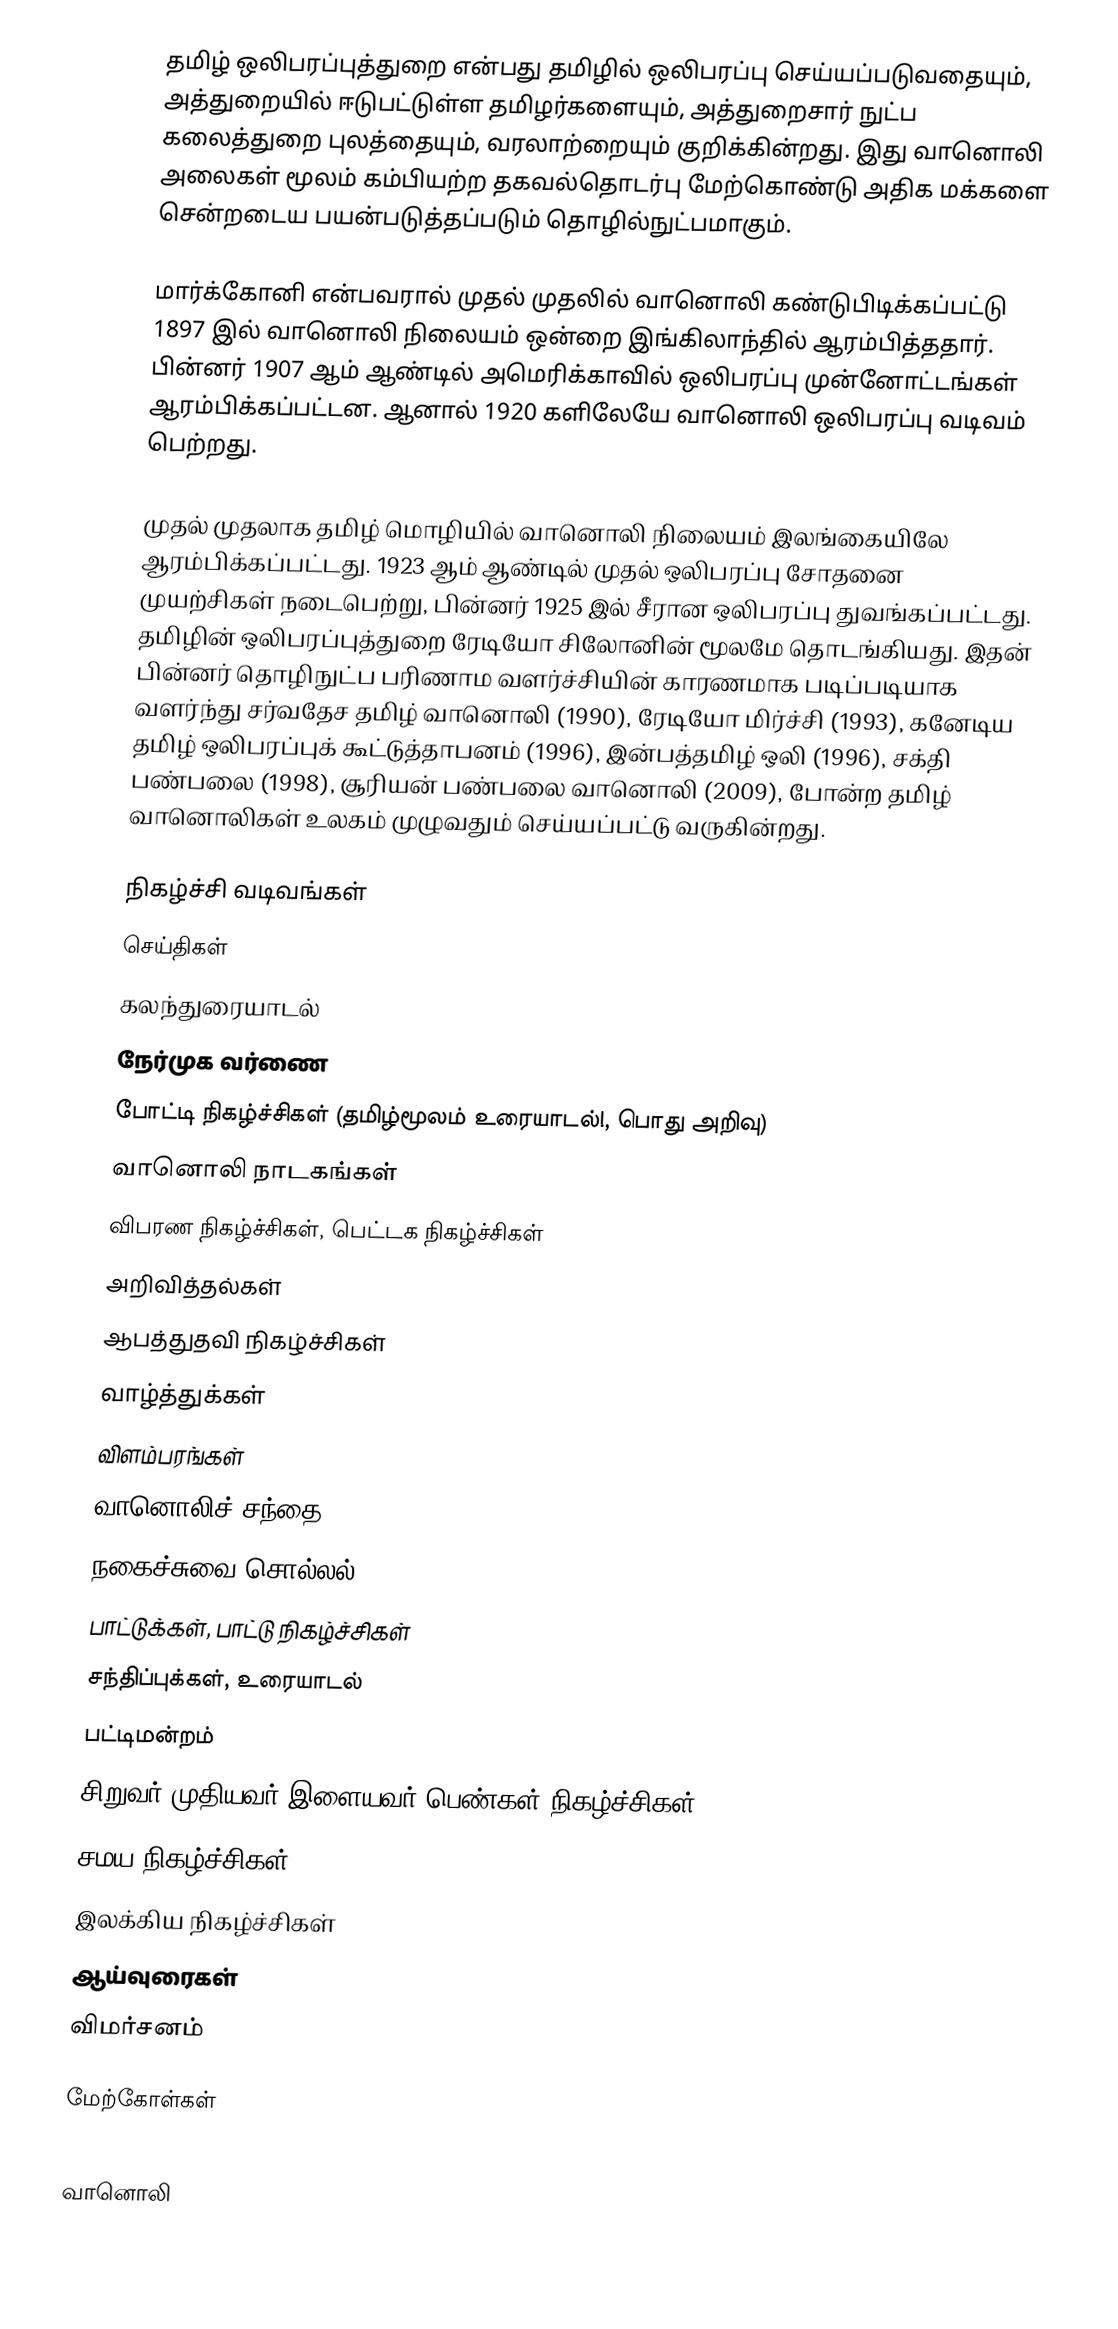
தமிழ் ஒலிபரப்புத்துறை என்பது தமிழில் ஒலிபரப்பு செய்யப்படுவதையும், அத்துறையில் ஈடுபட்டுள்ள தமிழர்களையும், அத்துறைசார் நுட்ப கலைத்துறை புலத்தையும், வரலாற்றையும் குறிக்கின்றது. இது வானொலி அலைகள் மூலம் கம்பியற்ற தகவல்தொடர்பு மேற்கொண்டு அதிக மக்களை சென்றடைய பயன்படுத்தப்படும் தொழில்நுட்பமாகும்.

மார்க்கோனி என்பவரால் முதல் முதலில் வானொலி கண்டுபிடிக்கப்பட்டு 1897 இல் வானொலி நிலையம் ஒன்றை இங்கிலாந்தில் ஆரம்பித்ததார். பின்னர் 1907 ஆம் ஆண்டில் அமெரிக்காவில் ஒலிபரப்பு முன்னோட்டங்கள் ஆரம்பிக்கப்பட்டன. ஆனால் 1920 களிலேயே வானொலி ஒலிபரப்பு வடிவம் பெற்றது.

முதல் முதலாக தமிழ் மொழியில் வானொலி நிலையம் இலங்கையிலே ஆரம்பிக்கப்பட்டது. 1923 ஆம் ஆண்டில் முதல்  ஒலிபரப்பு சோதனை முயற்சிகள் நடைபெற்று, பின்னர் 1925 இல் சீரான ஒலிபரப்பு துவங்கப்பட்டது. தமிழின் ஒலிபரப்புத்துறை ரேடியோ சிலோனின் மூலமே தொடங்கியது. இதன் பின்னர் தொழிநுட்ப பரிணாம வளர்ச்சியின் காரணமாக படிப்படியாக வளர்ந்து சர்வதேச தமிழ் வானொலி (1990), ரேடியோ மிர்ச்சி (1993), கனேடிய தமிழ் ஒலிபரப்புக் கூட்டுத்தாபனம் (1996), இன்பத்தமிழ் ஒலி (1996), சக்தி பண்பலை (1998), சூரியன் பண்பலை வானொலி (2009), போன்ற தமிழ் வானொலிகள் உலகம் முழுவதும் செய்யப்பட்டு வருகின்றது.

நிகழ்ச்சி வடிவங்கள்
 செய்திகள்
 கலந்துரையாடல்
 நேர்முக வர்ணை
 போட்டி நிகழ்ச்சிகள் (தமிழ்மூலம் உரையாடல்!, பொது அறிவு)
 வானொலி நாடகங்கள்
 விபரண நிகழ்ச்சிகள், பெட்டக நிகழ்ச்சிகள்
 அறிவித்தல்கள்
 ஆபத்துதவி நிகழ்ச்சிகள்
 வாழ்த்துக்கள்
 விளம்பரங்கள்
 வானொலிச் சந்தை
 நகைச்சுவை சொல்லல்
 பாட்டுக்கள், பாட்டு நிகழ்ச்சிகள்
 சந்திப்புக்கள், உரையாடல்
 பட்டிமன்றம்
 சிறுவர்/முதியவர்/இளையவர்/பெண்கள் நிகழ்ச்சிகள்
 சமய நிகழ்ச்சிகள்
 இலக்கிய நிகழ்ச்சிகள்
 ஆய்வுரைகள்
 விமர்சனம்

மேற்கோள்கள்

வானொலி